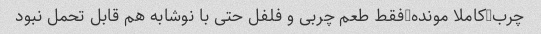
چرب-کاملا مونده-فقط طعم چربی و فلفل حتی با نوشابه هم قابل تحمل نبود